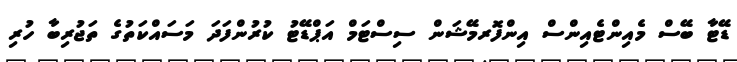
ޑޭޓާ ބޭސް މެއިންޓެއިންސް އިންފޮރމޭޝަން ސިސްޓަމް އަޕްޑޭޓު ކުރުންފަދަ މަސައްކަތުގެ ތަޖުރިބާ ހުރި